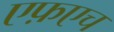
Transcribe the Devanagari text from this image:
एफ़एच